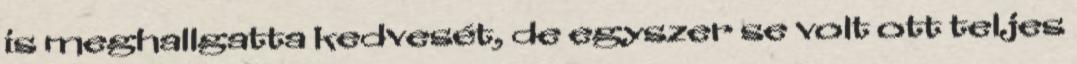
is meghallgatta kedvesét, de egyszer se volt ott teljes